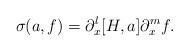
LaTeX: \begin{align*}\sigma(a,f)= \partial_x^l [H,a] \partial_x^m f.\end{align*}